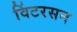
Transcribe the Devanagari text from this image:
विंटरसन